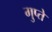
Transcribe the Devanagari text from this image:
गुप्‍ते